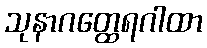
သုနာဂတ္ထေရဂါထာ